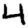
Digit: 4